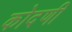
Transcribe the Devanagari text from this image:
कोदणी